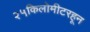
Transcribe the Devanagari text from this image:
२५किलोमीटरहून